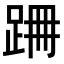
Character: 𨀢